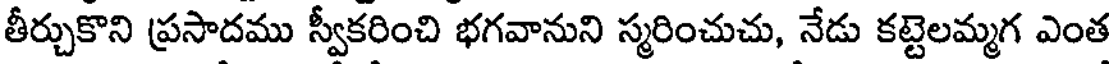
తీర్చుకొని ప్రసాదము స్వీకరించి భగవానుని స్మరించుచు, నేడు కట్టెలమ్మగ ఎంత